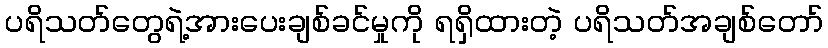
ပရိသတ်တွေရဲ့အားပေးချစ်ခင်မှုကို ရရှိထားတဲ့ ပရိသတ်အချစ်တော်